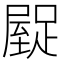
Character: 𮛿